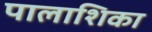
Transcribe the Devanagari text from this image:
पालाशिका